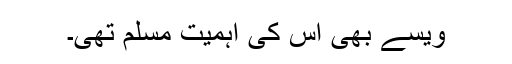
ویسے بھی اس کی اہمیت مسلم تھی۔